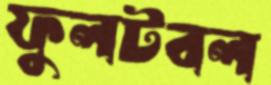
ফুলটবল